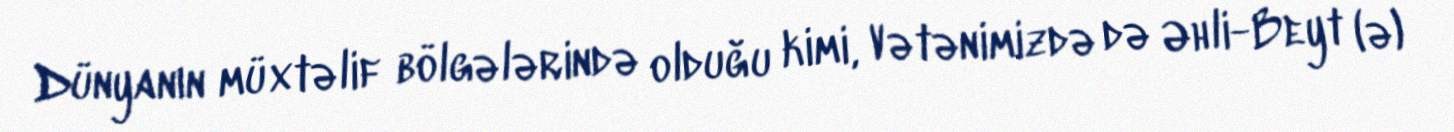
Dünyanın müxtəlif bölgələrində olduğu kimi, Vətənimizdə də Əhli-Beyt (ə)